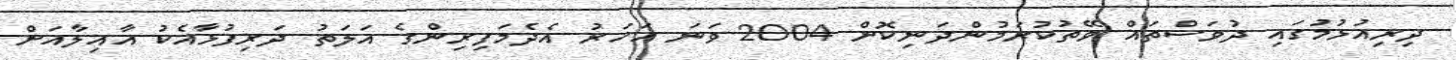
ދިރިއުޅުމުގައި ދުވަސްތައް ވޭތުކުރަމުންދަނިކޮށް 2004 ވަނަ އަހަރު އެދެމަފިރިންގެ އަލަތު ދަރިފުޅާއެކު އާއިލާއަށް